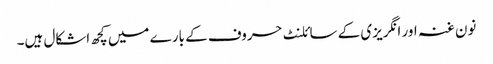
نون غنہ اور انگریزی کے سائلنٹ حروف کے بارے میں کچھ اشکال ہیں۔